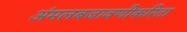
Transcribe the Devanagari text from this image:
अंमलबजावणीकरिता